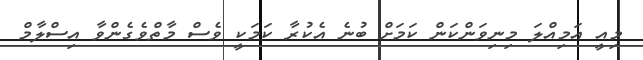
މިއީ އަމިއްލަ މިނިވަންކަން ކަމަށް ބުނެ އެކުރާ ކަމަކީ ވެސް މާތްވެގެންވާ އިސްލާމް